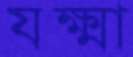
যক্ষ্মা